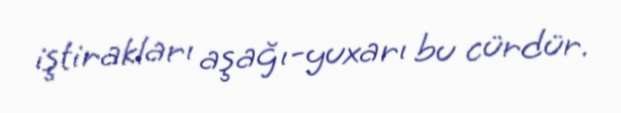
iştirakları aşağı-yuxarı bu cürdür.